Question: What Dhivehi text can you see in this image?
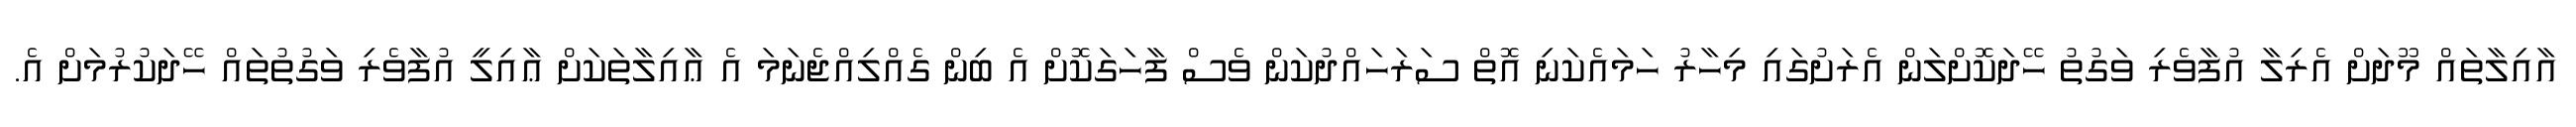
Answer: އާއިލާތައް މޫދަށް އެރިލާ އުފާވެރި ވަގުތު ހޭދަކޮށްލަން އެރަށުގައި މިހާރު ހަމައެކަނި އޮތް ސަރަހައްދުކަން ވެސް ފާހަގަކޮށް އެ ބިން ގެއްލިއްޖެނަމަ އެ ޢާއިލާތަކަށް ޢާއިލީ އުފާވެރި ވަގުތުތައް ހޭދަކުރުމަށް އެ.